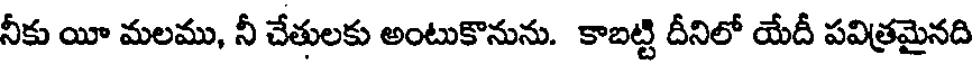
నీకు యీ మలము, నీ చేతులకు అంటుకొనును. కాబట్టి దీనిలో యేదీ పవిత్రమైనది